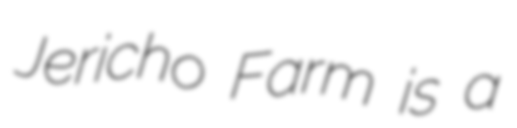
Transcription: Jericho Farm is a